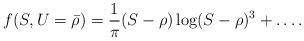
LaTeX: \begin{align*}f(S,U={\bar \rho})={1\over \pi}(S-\rho)\log(S-\rho)^3+\dots .\end{align*}